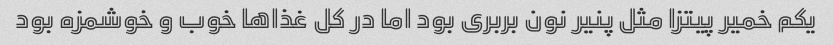
یکم خمیر پیتزا مثل پنیر نون بربری بود اما در کل غذاها خوب و خوشمزه بود